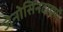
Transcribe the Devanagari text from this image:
जेनोसिनटाइपों